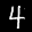
Label: 4